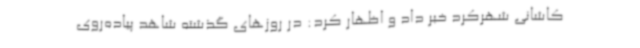
کاشانی شهرکرد خبر داد و اظهار کرد: در روزهای گذشته شاهد پیاده‌روی